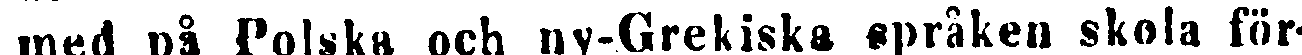
med på Polska och ny-Grekiska språken skola för-